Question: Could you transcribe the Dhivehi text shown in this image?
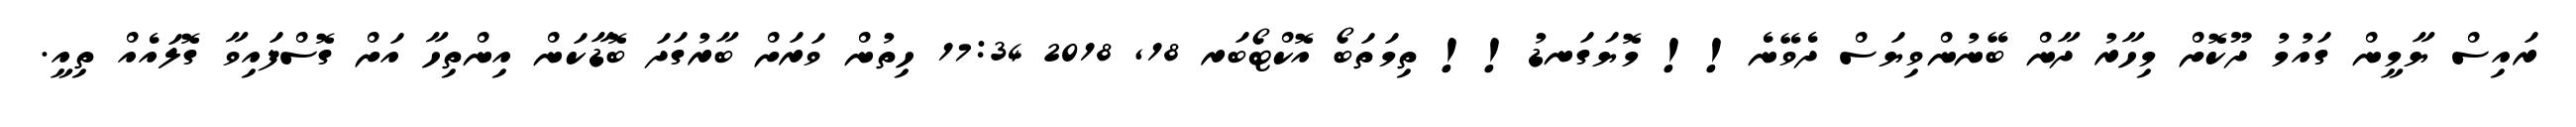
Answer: ރައިސް ޔާމީން ގައުމު ދޫކޮށް މިހާރު ދާން ބޭނުންވިޔަސް ދެވޭނެ!! މޮޔަގަނޑު!! ތިމަތަބޯ އޮކްޓޯބަރ 18, 2018 17:34 ހިތުން ވަރަށް ބާރުގަދަ ބޮޑާކަން އިންތިހާ އަށް ގޮސްފައިވާ ގޮލައެއް ތިއީ.